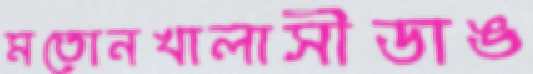
মতোনখালাসীডাঙ